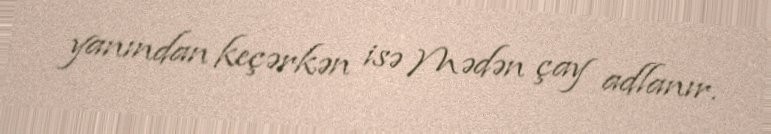
yanından keçərkən isə Mədən çay adlanır.